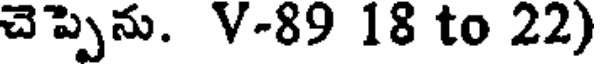
చెప్పెను. V-89 18 to 22)